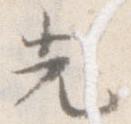
先